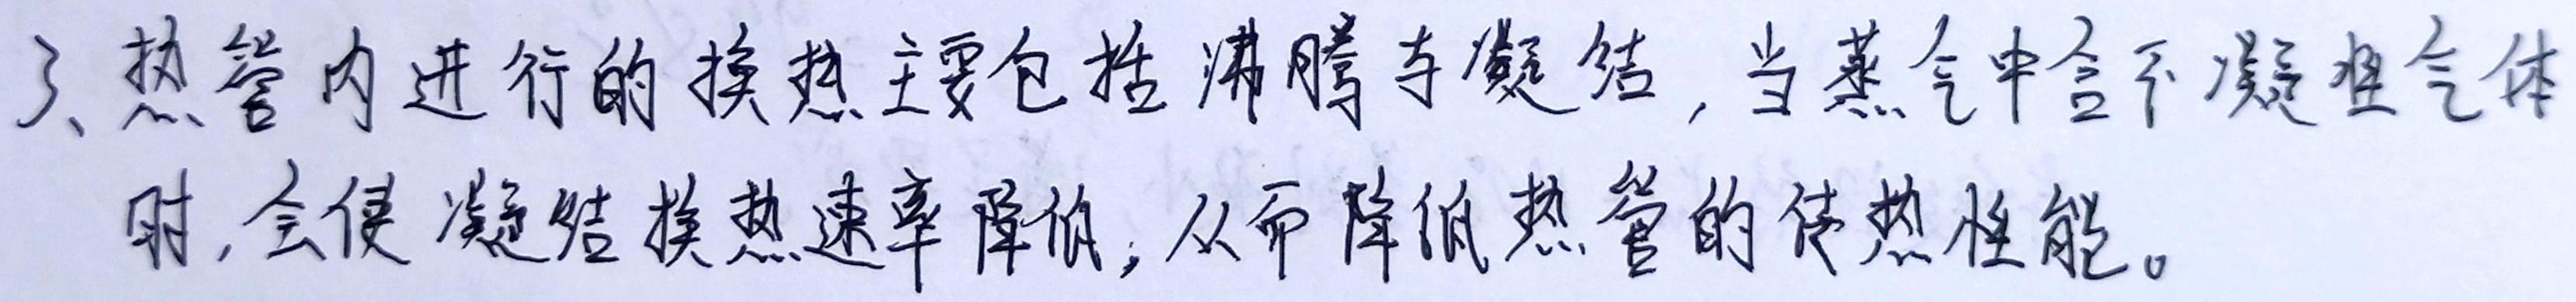
3、热管内进行的换热主要包括沸腾与凝结，当蒸气中含不凝性气体时，会使凝结换热速率降低，从而降低热管的传热性能。